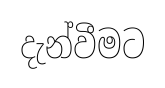
දැන්වීමට